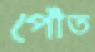
পোঁত